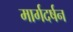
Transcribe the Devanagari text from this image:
मार्गदर्षन